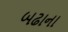
બઢાના